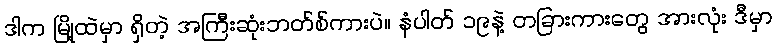
ဒါက မြို့ထဲမှာ ရှိတဲ့ အကြီးဆုံးဘတ်စ်ကားပဲ။ နံပါတ် ၁၉နဲ့ တခြားကားတွေ အားလုံး ဒီမှာ